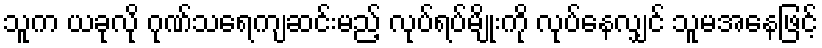
သူက ယခုလို ဂုဏ်သရေကျဆင်းမည့် လုပ်ရပ်မျိုးကို လုပ်နေလျှင် သူမအနေဖြင့်